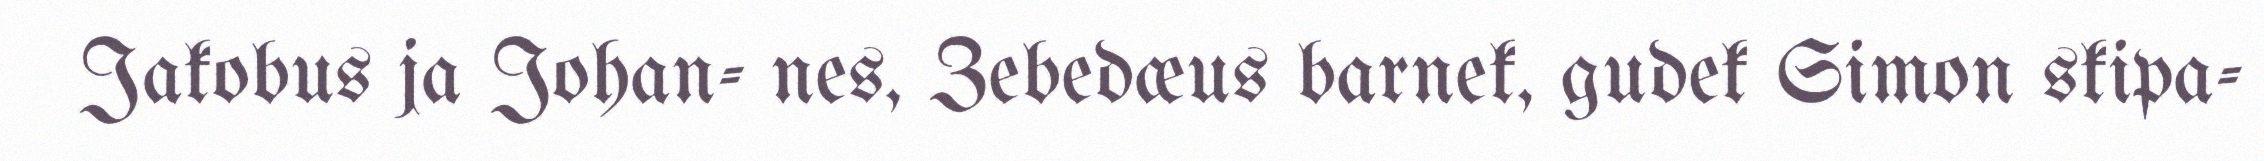
Jakobus ja Johan- nes, Zebedæus barnek, gudek Simon skipa-